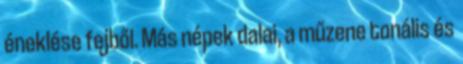
éneklése fejből. Más népek dalai, a műzene tonális és